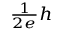
\scriptstyle { \frac { 1 } { 2 e } } h